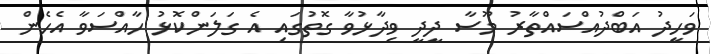
ވަހީދު އަބްދުއްސައްތާރު މޫސާ ދީދީ ވިދާޅުވާ ގޮތުގައި އެ ގަލަންކޮޅު ހާއްސަވާ އެހެން